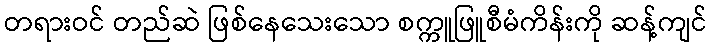
တရားဝင် တည်ဆဲ ဖြစ်နေသေးသော စက္ကူဖြူစီမံကိန်းကို ဆန့်ကျင်